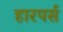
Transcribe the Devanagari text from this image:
हारपर्स